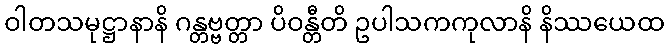
ဝါတသမုဋ္ဌာနာနိ ဂန္တဗ္ဗတ္တာ ပိဝန္တီတိ ဥပါသကကုလာနိ နိဿယေထ